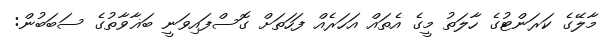
މާލޭގެ ކަރަންޓުގެ ހާލަތު މީގެ އެތައް އަހަރެއް ފަހަތަށް ގޮސްފައިވަނީ ބަޣާވާތުގެ ސަބަބުން: